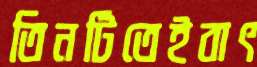
তিনটিতেইবাৎ